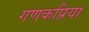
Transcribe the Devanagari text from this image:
गणकप्रिया